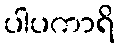
ပါပကာရိ